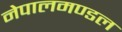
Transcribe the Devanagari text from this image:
नेपालमण्डल